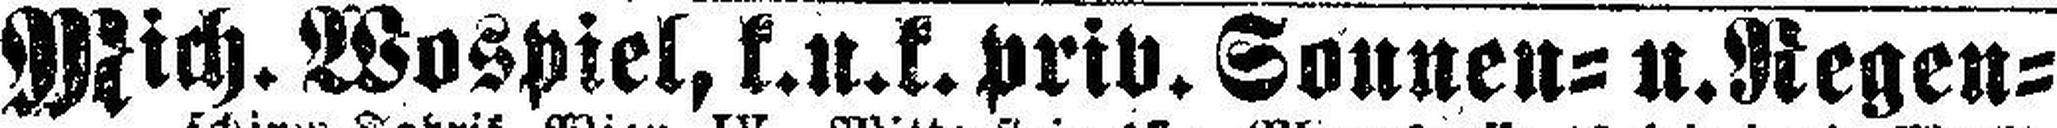
Mich. Wospiel, k.u.k.priv. Sonnen= u. Regen¬